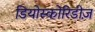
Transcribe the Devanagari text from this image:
डियोस्कोरिडीज़